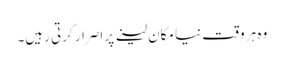
وہ ہر وقت نیا مکان لینے پر اصرار کرتی رہیں۔